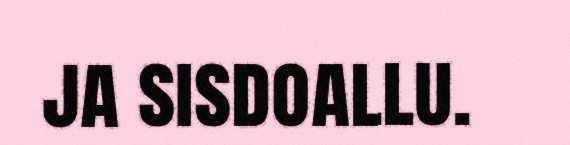
ja sisdoallu.